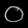
Digit: ၀